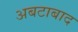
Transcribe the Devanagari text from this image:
अबटाबाद